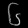
Digit: ၆